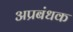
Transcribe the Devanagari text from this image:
अप्रबंधक